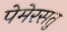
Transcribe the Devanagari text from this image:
पेमेरसतु